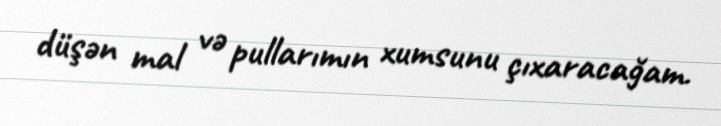
düşən mal və pullarımın xumsunu çıxaracağam.